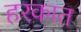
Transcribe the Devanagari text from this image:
हरकात